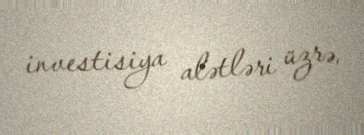
investisiya alətləri üzrə.